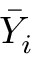
{ \bar { Y } } _ { i }